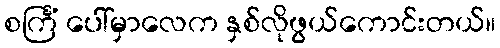
စင်္ကြံ ပေါ်မှာလေက နှစ်လိုဖွယ်ကောင်းတယ်။